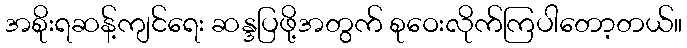
အစိုးရဆန့်ကျင်ရေး ဆန္ဒပြဖို့အတွက် စုဝေးလိုက်ကြပါတော့တယ်။